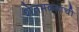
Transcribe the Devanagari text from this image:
शेतमळ्य़ांची